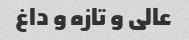
عالی و تازه و داغ